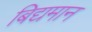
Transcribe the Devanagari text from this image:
बिद्यमान